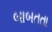
બાબતતા